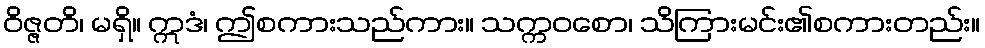
ဝိဇ္ဇတိ၊ မရှိ။ ဣဒံ၊ ဤစကားသည်ကား။ သက္ကဝစော၊ သိကြားမင်း၏စကားတည်း။